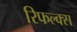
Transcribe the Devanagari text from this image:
रिफल्क्स